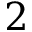
2